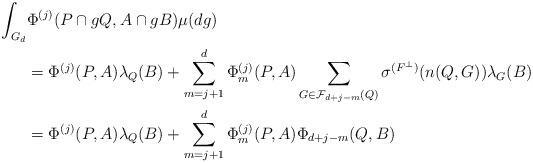
LaTeX: \begin{align*}\int_{G_d}& \Phi^{(j)}(P \cap gQ,A\cap gB) \mu (dg)\\&=\Phi^{(j)}(P,A) \lambda_Q(B) + \sum_{m=j+1}^{d} \Phi^{(j)}_m(P,A) \sum_{G \in {\cal F}_{d+j-m}(Q)} \sigma^{(F^\bot)}(n(Q,G)) \lambda_G(B)\cr&= \Phi^{(j)}(P,A) \lambda_Q(B) + \sum_{m=j+1}^{d} \Phi^{(j)}_m(P,A) \Phi_{d+j-m}(Q,B)\end{align*}